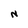
Character: N